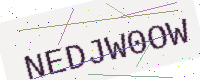
Text: NEDJW0OW